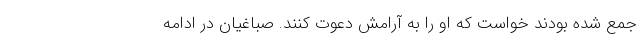
جمع شده بودند خواست که او را به آرامش دعوت کنند. صباغیان در ادامه‌